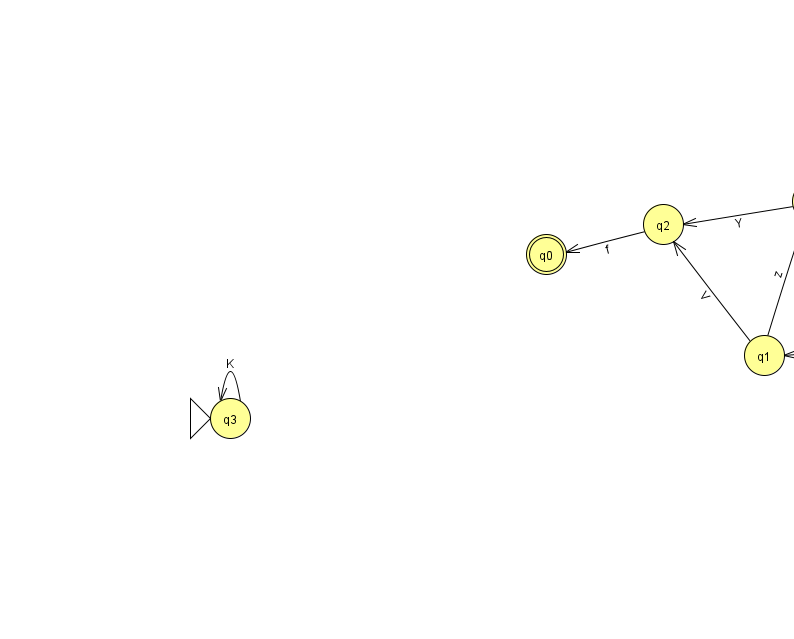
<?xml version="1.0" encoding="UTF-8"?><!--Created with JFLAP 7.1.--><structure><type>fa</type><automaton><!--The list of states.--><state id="0" name="q0"><x>546.0</x><y>241.0</y><final/></state><state id="1" name="q1"><x>764.0</x><y>342.0</y></state><state id="2" name="q2"><x>663.0</x><y>211.0</y></state><state id="3" name="q3"><x>230.0</x><y>405.0</y><initial/></state><state id="4" name="q4"><x>852.0</x><y>50.0</y></state><state id="5" name="q5"><x>911.0</x><y>330.0</y></state><state id="6" name="q6"><x>812.0</x><y>188.0</y></state><!--The list of transitions.--><transition><from>2</from><to>0</to><read>f</read></transition><transition><from>6</from><to>2</to><read>Y</read></transition><transition><from>4</from><to>6</to><read>W</read></transition><transition><from>5</from><to>5</to><read>E</read></transition><transition><from>6</from><to>5</to><read>X</read></transition><transition><from>6</from><to>6</to><read>G</read></transition><transition><from>5</from><to>1</to><read>S</read></transition><transition><from>1</from><to>2</to><read>V</read></transition><transition><from>3</from><to>3</to><read>K</read></transition><transition><from>6</from><to>4</to><read>o</read></transition><transition><from>1</from><to>6</to><read>z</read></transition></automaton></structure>